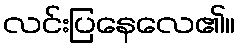
လင်းပြနေလေ၏။